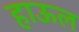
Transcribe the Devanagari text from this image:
हाऊल